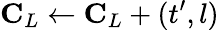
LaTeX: \mathbf{C}_{L}\gets\mathbf{C}_{L}+(t^{\prime},l)